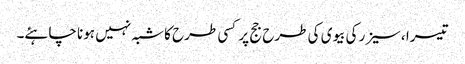
تیسرا ،سیزر کی بیوی کی طرح جج پر کسی طرح کا شبہ نہیں ہونا چاہئے۔